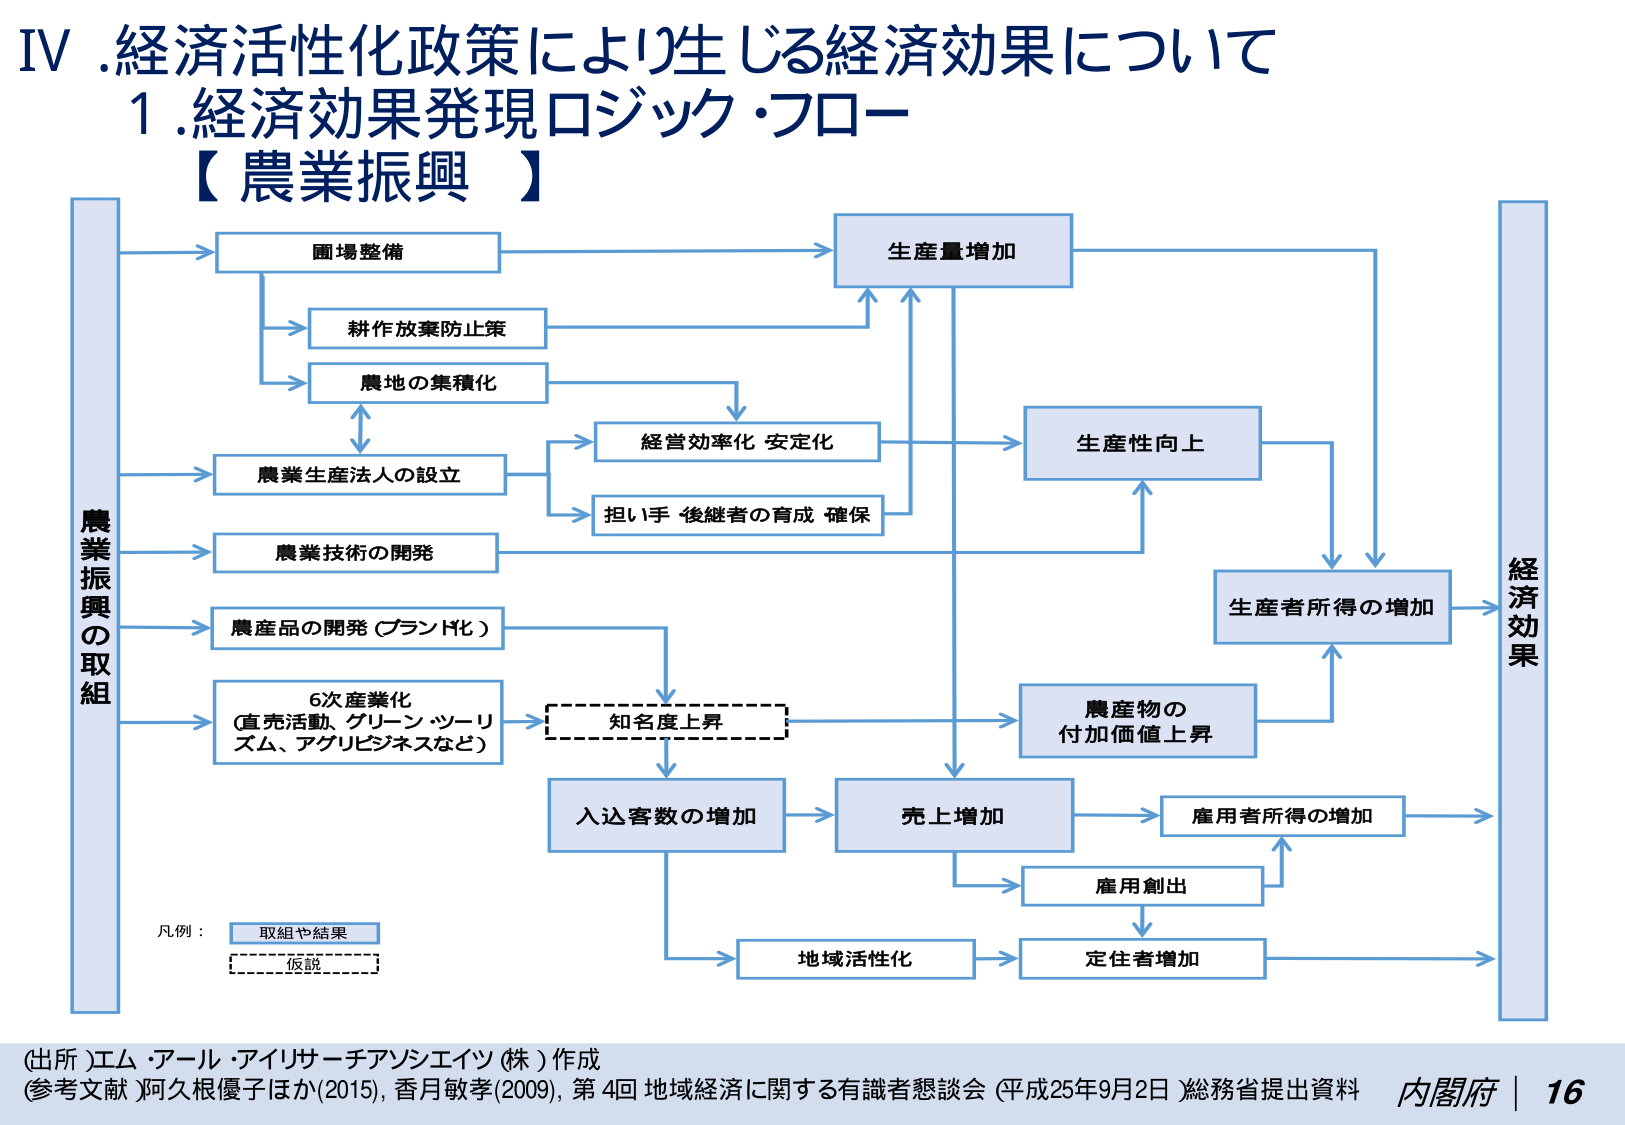
IV. 経済活性化政策により生じる経済効果について
1. 経済効果発現ロジック・フロー
【農業振興】

農業振興の取組
→ 圃場整備
→ 耕作放棄防止策
→ 農地の集積化
→ 農業生産法人の設立
→ 農業技術の開発
→ 農産品の開発（ブランド化）
→ 6次産業化（直売活動、グリーン・ツーリズム、アグリビジネスなど）

凡例：
取組や結果
仮説

生産量増加
→ 生産性向上
→ 生産者所得の増加
→ 経済効果

経営効率化 安定化
担い手・後継者の育成・確保
→ 生産性向上
→ 生産量増加

知名度上昇
→ 入込客数の増加
→ 売上増加
→ 農産物の付加価値上昇
→ 生産者所得の増加
→ 雇用者所得の増加
→ 雇用創出
→ 地域活性化
→ 定住者増加
→ 経済効果

（出所）エム・アール・アイリサーチアソシエイツ（株）作成
（参考文献）阿久根優子ほか（2015）、香月敏孝（2009）、第4回 地域経済に関する有識者懇談会（平成25年9月2日 総務省提出資料）
内閣府 | 16